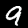
Label: 9